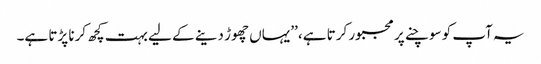
یہ آپ کو سوچنے پر مجبور کرتا ہے، ’’یہاں چھوڑ دینے کے لیے بہت کچھ کرنا پڑتا ہے۔